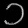
Digit: ၁